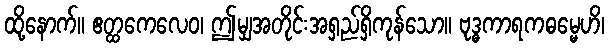
ထို့နောက်။ ဧတ္ထကေလေဝ၊ ဤမျှအတိုင်းအရှည်ရှိကုန်သော။ ဗုဒ္ဓကာရကဓမ္မေဟိ၊